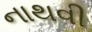
નાથવી